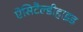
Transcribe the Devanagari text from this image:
ऐसिटैल्डीहाइड